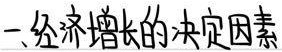
一、经济增长的决定因素